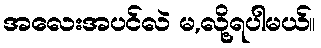
အလေးအပင်လဲ မ,လို့ရပါမယ်။